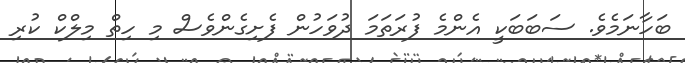
ބަހާނަމެވެ. ސަބަބަކީ އެންމެ ފުރަތަމަ ދުވަހުން ފެށިގެންވެސް މި ހިތް މިލްކް ކުރި